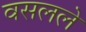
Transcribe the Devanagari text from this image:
वसलले